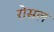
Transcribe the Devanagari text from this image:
रोसल